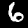
Digit: 6